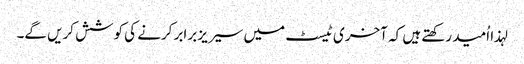
لہذا اُمید رکھتے ہیں کہ آخری ٹیسٹ میں سیریز برابر کرنے کی کوشش کریں گے۔